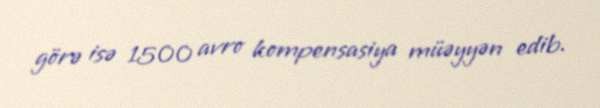
görə isə 1500 avro kompensasiya müəyyən edib.